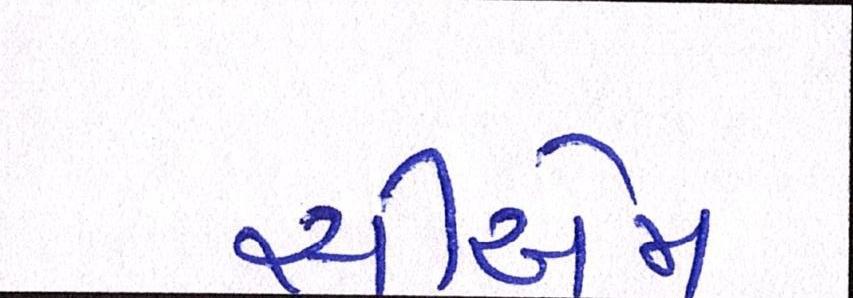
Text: સીએમ